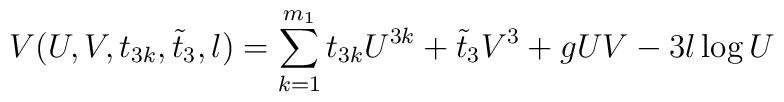
V(U,V,t_{3k},\tilde{t}_{3},l)=\sum_{k=1}^{m_{1}}t_{3k}U^{3k}+\tilde{t}_{3}V^{3}+gUV-3l\log U